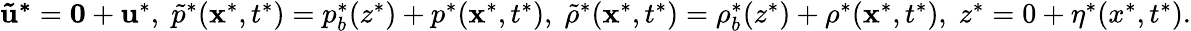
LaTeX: \begin{array}{r}{\mathbf{\tilde{u}^{*}}=\mathbf{0}+\mathbf{u}^{*},\; \tilde{p}^{*}(\mathbf{x}^{*},t^{*})=p_{b}^{*}(z^{*})+p^{*}(\mathbf{x}^{*},t^{*}),\; \tilde{\rho}^{*}(\mathbf{x}^{*},t^{*})=\rho_{b}^{*}(z^{*})+\rho^{*}(\mathbf{x}^{*},t^{*}),\; z^{*}=0+\eta^{*}(x^{*},t^{*}).}\end{array}